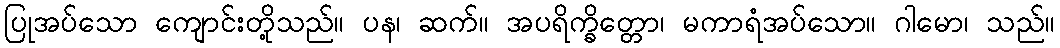
ပြုအပ်သော ကျောင်းတို့သည်။ ပန၊ ဆက်။ အပရိက္ခိတ္တော၊ မကာရံအပ်သော။ ဂါမော၊ သည်။